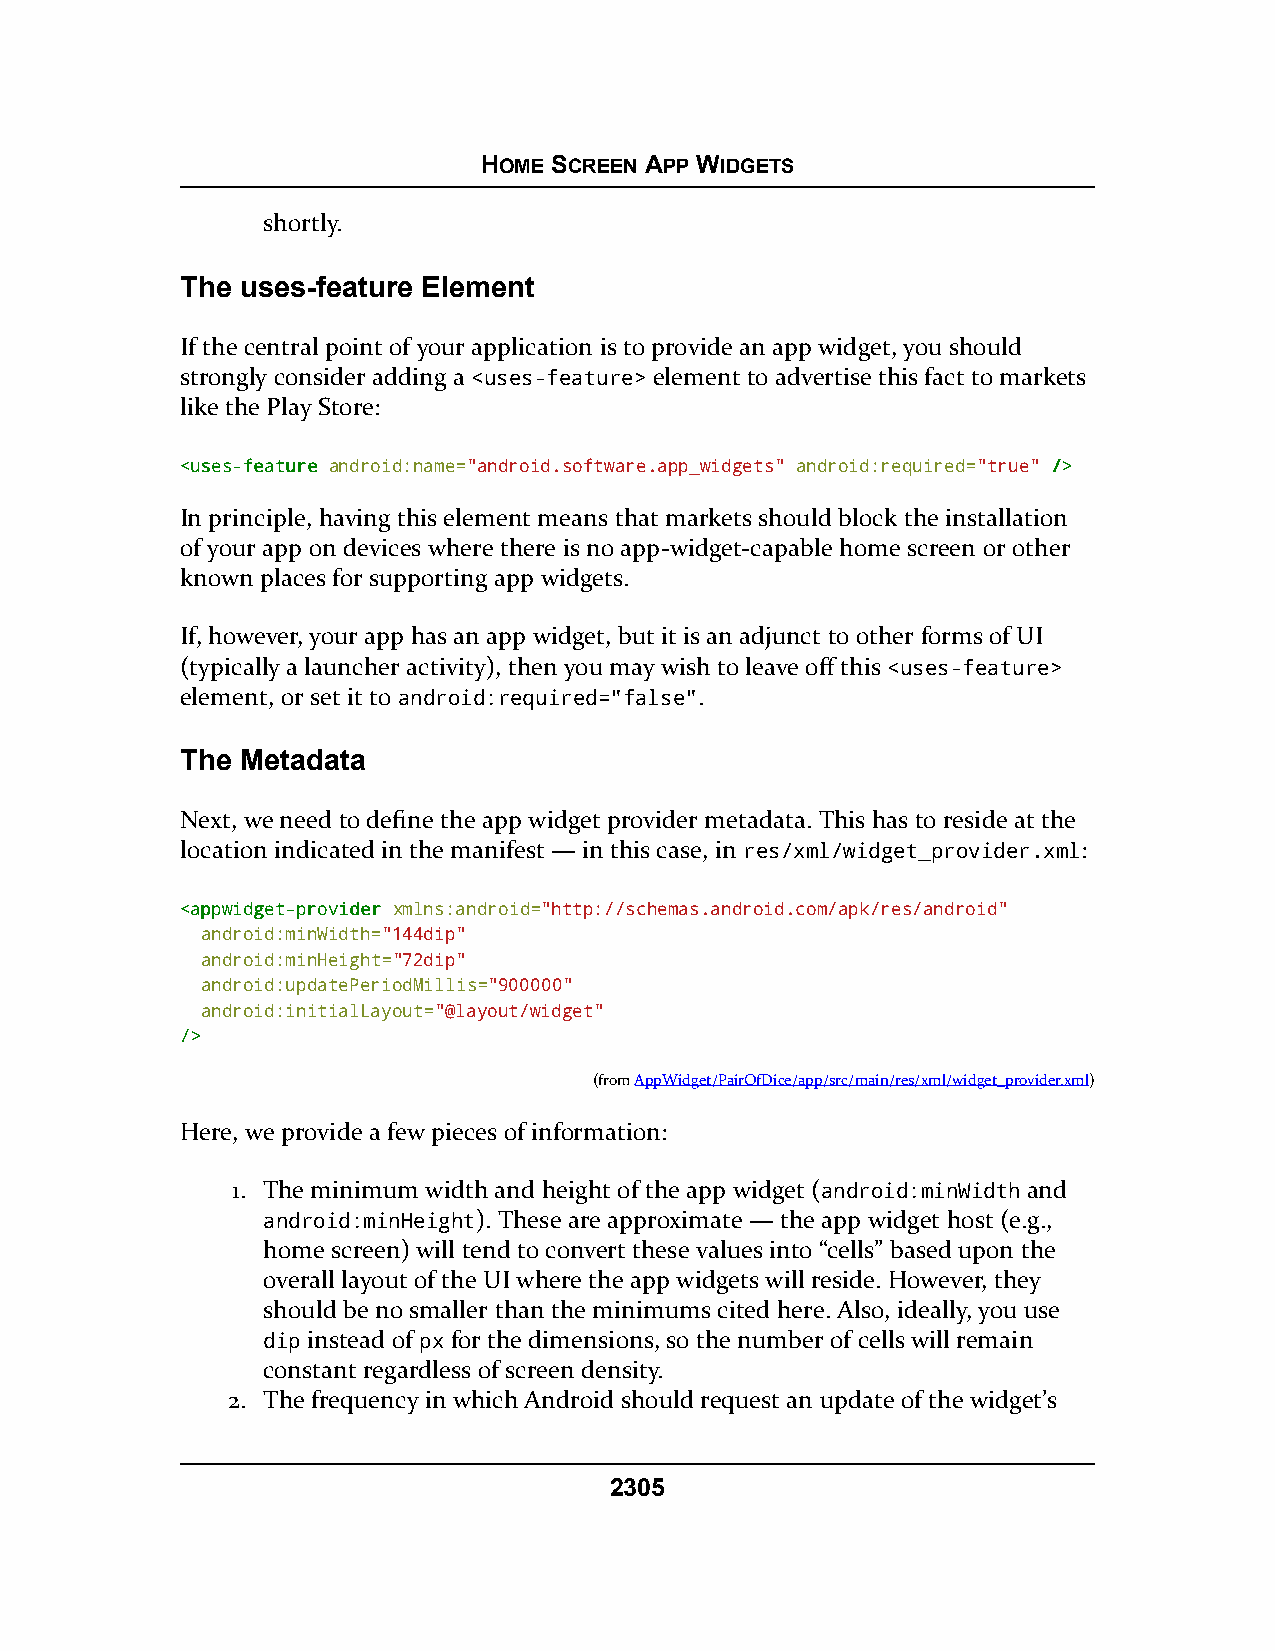
HOME SCREEN APP WIDGETS
 shortly.
 The uses-feature Element
 If the central point of your application is to provide an app widget, you should
 strongly consider adding a <uses-feature> element to advertise this fact to markets
 like the Play Store:
 <<uusseess--ffeeaattuurree android:name="android.software.app_widgets" android:required="true" //>>
 In principle, having this element means that markets should block the installation
 of your app on devices where there is no app-widget-capable home screen or other
 known places for supporting app widgets.
 If, however, your app has an app widget, but it is an adjunct to other forms of UI
 (typically a launcher activity), then you may wish to leave off this <uses-feature>
 element, or set it to android:required="false".
 The Metadata
 Next, we need to define the app widget provider metadata. This has to reside at the
 location indicated in the manifest — in this case, in res/xml/widget_provider.xml:
 <<aappppwwiiddggeett--pprroovviiddeerr xmlns:android="http://schemas.android.com/apk/res/android"
 android:minWidth="144dip"
 android:minHeight="72dip"
 android:updatePeriodMillis="900000"
 android:initialLayout="@layout/widget"
 //>>
 (fromAppWidget/PairOfDice/app/src/main/res/xml/widget_provider.xml)
 Here, we provide a few pieces of information:
 1. The minimum width and height of the app widget (android:minWidth and
 android:minHeight). These are approximate — the app widget host (e.g.,
 home screen) will tend to convert these values into “cells” based upon the
 overall layout of the UI where the app widgets will reside. However, they
 should be no smaller than the minimums cited here. Also, ideally, you use
 dip instead of px for the dimensions, so the number of cells will remain
 constant regardless of screen density.
 2. The frequency in which Android should request an update of the widget’s
 2305